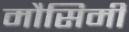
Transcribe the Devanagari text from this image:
मौसिमी